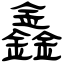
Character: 鑫